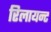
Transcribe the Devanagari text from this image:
रिलायन्ट